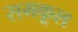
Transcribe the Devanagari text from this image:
समकूल